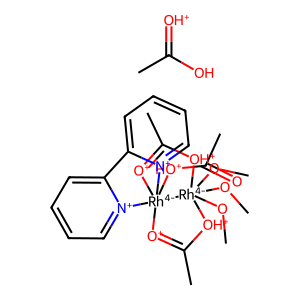
SMILES: CC(O)=[OH+].CO[Rh-4]12(OC)(OC)[OH+]C(C)=[O+][Rh-4]13([OH+]C(C)=O)([O+]=C(C)[OH+]2)[n+]1ccccc1-c1cccc[n+]13
Inhibits HIV replication: Yes